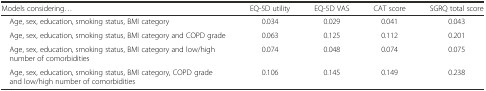
| Models considering... | EQ-5D utility | EQ-5D VAS | CAT score | SGRQ total score |
 | --- | --- | --- | --- | --- |
 | Age, sex, education, smoking status, BMI category | 0.034 | 0.029 | 0.041 | 0.043 |
 | Age, sex, education, smoking status, BMI category and COPD grade | 0.063 | 0.125 | 0.112 | 0.201 |
 | Age, sex, education, smoking status, BMI category and low/high number of comorbidities | 0.074 | 0.048 | 0.074 | 0.075 |
 | Age, sex, education, smoking status, BMI category, COPD grade and low/high number of comorbidities | 0.106 | 0.145 | 0.149 | 0.238 |